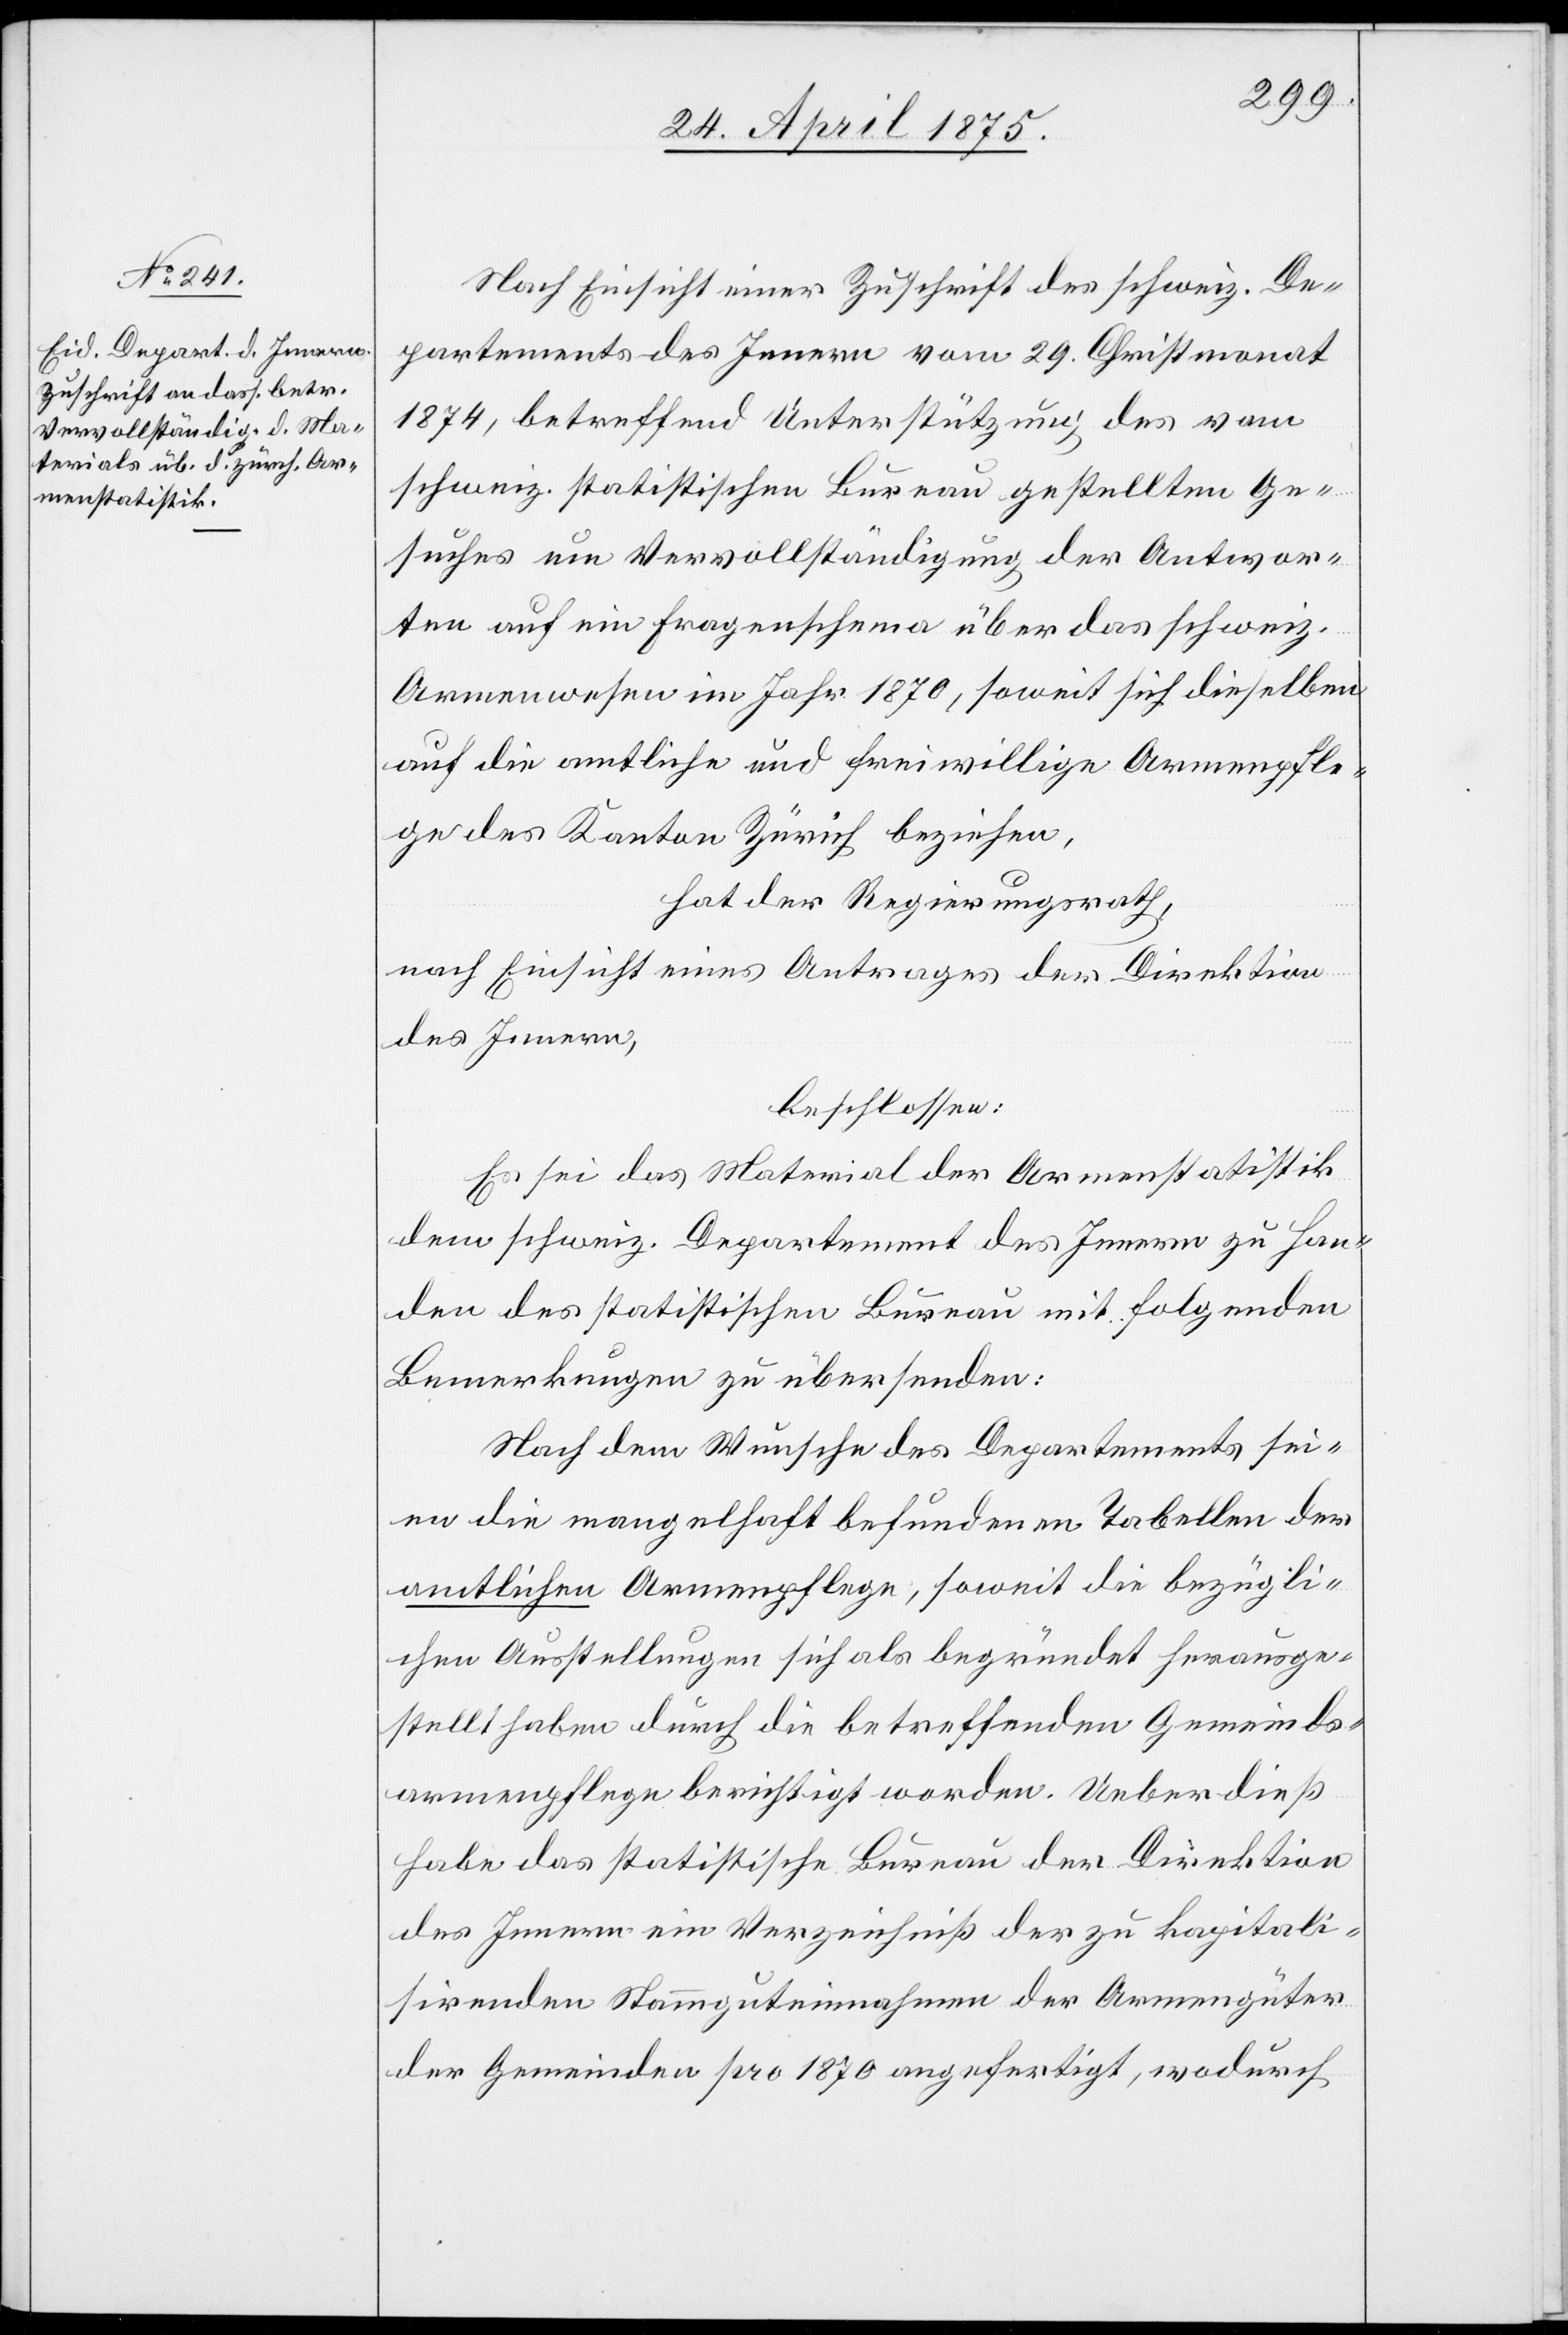
Nach Einsicht einer Zuschrift des schweiz. De¬
partements des Innern vom 29. Christmonat
1874, betreffend Unterstützung des vom
schweiz. statistischen Bureau gestellten Ge¬
suches um Vervollständigung der Antwor¬
ten auf ein Fragenschema über das schweiz.
Armenwesen im Jahr 1870, soweit sich dieselben
auch die amtliche und freiwillige Armenpfle¬
ge des Kanton Zürich beziehen,
hat der Regierungsrath,
nach Einsicht eines Antrages der Direktion
des Innern,
beschlossen:
Es sei das Material Armenstatistik
dem schweiz. Departement des Innern zu Han¬
den des statistischen Bureau mit folgenden
Bemerkungen zu übersenden:
Nach dem Wunsche des Departements sei¬
en die mangelhaft befundenen Tabellen der
amtlichen Armenpflege, soweit die bezügli¬
chen Ausstellungen sich als begründet heraus¬
stellt haben durch die betreffenden Gemeinds¬
armenpflege berichtigt worden. Ueberdieß
habe das statistische Bureau der Direktion
des Innern ein Verzeichniß der zu kapitali¬
sirenden Stammguteinnahme der Armengüter
der Gemeinden pro 1870 angefertigt, wodurch